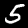
Label: 5